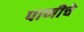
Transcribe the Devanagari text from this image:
पाणीचे